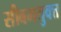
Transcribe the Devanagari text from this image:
सीबमयुक्त